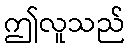
ဤလူသည်